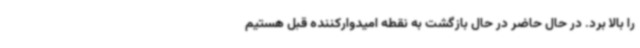
را بالا برد. در حال حاضر در حال بازگشت به نقطه امیدوارکننده قبل هستیم